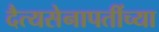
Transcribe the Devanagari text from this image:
दैत्यसेनापतींच्या